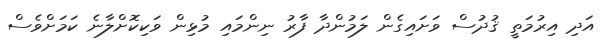
އަދި އިރުމަތީ ޤުދުސް ވަށައިގެން ލަމުންދާ ފާރު ނިންމައި މުޅިން ވަކިކޮށްލާނެ ކަމަށްވެސް